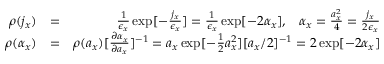
\begin{array} { r l r } { \rho ( j _ { x } ) } & { = } & { \frac { 1 } { \epsilon _ { x } } \exp [ - \frac { j _ { x } } { \epsilon _ { x } } ] = \frac { 1 } { \epsilon _ { x } } \exp [ - 2 \alpha _ { x } ] , \; \; \; \alpha _ { x } = \frac { a _ { x } ^ { 2 } } { 4 } = \frac { j _ { x } } { 2 \epsilon _ { x } } } \\ { \rho ( \alpha _ { x } ) } & { = } & { \rho ( a _ { x } ) [ \frac { \partial \alpha _ { x } } { \partial a _ { x } } ] ^ { - 1 } = a _ { x } \exp [ - \frac { 1 } { 2 } a _ { x } ^ { 2 } ] [ a _ { x } / 2 ] ^ { - 1 } = 2 \exp [ - 2 \alpha _ { x } ] } \end{array}